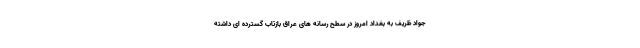
جواد ظریف به بغداد امروز در سطح رسانه های عراق بازتاب گسترده ای داشته